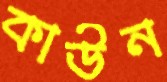
কাউন